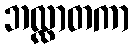
ဘလ္လာတကာ